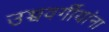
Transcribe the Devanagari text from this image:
उच्चवर्गीयांना